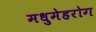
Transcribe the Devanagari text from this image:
मधुमेहरोग